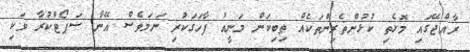
ރާއްޖޭގައި މޮޅެތި ކުޅުންތެރިންތަކެއް ތިބިކަން މަނީއު ފާހަގަކުރި ނަމަވެސް އޭނާ ސަޕޯޓްކުރާ ވަކި